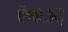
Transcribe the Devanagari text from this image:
ऍबाउट्